Vaccination North-Western Provinces 1866-1877 - 1866-1877
Year: 1866
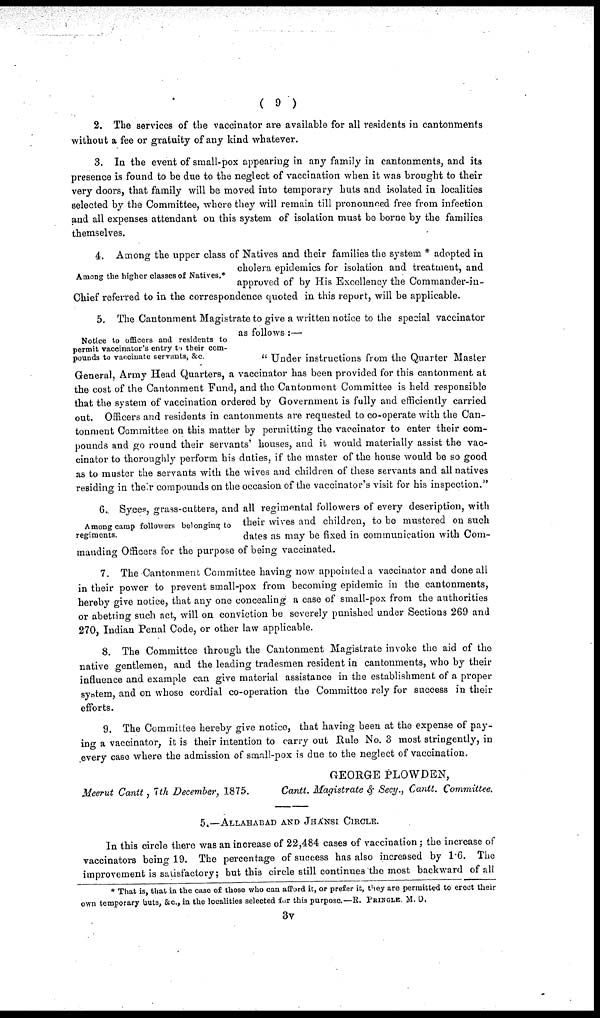
( 9 )
2. The services of the vaccinator are available for all residents in cantonments
without a fee or gratuity of any kind whatever.
3. In the event of small-pox appearing in any family in cantonments, and its
presence is found to be due to the neglect of vaccination when it was brought to their
very doors, that family will be moved into temporary huts and isolated in localities
selected by the Committee, where they will remain till pronounced free from infection
and all expenses attendant on this system of isolation must be borne by the families
themselves.
Among the higher classes of Natives.*
4. Among the upper class of Natives and their families the system * adopted in
cholera epidemics for isolation and treatment, and
approved of by His Excellency the Commander-in-
Chief referred to in the correspondence quoted in this report, will be applicable.
Notice to officers and residents to
permit vaccinator's entry to their com-
pounds to vaccinate servants, &c.
5. The Cantonment Magistrate to give a written notice to the special vaccinator
as follows :—
"Under instructions from the Quarter Master
General, Army Head Quarters, a vaccinator has been provided for this cantonment at
the cost of the Cantonment Fund, and the Cantonment Committee is held responsible
that the system of vaccination ordered by Government is fully and efficiently carried
out. Officers and residents in cantonments are requested to co-operate with the Can-
tonment Committee on this matter by permitting the vaccinator to enter their com-
pounds and go round their servants' houses, and it would materially assist the vac-
cinator to thoroughly perform his duties, if the master of the house would be so good
as to muster the servants with the wives and children of these servants and all natives
residing in their compounds on the occasion of the vaccinator's visit for his inspection."
Among camp followers belonging to
regiments.
6. Syces, grass-cutters, and all regimental followers of every description, with
their wives and children, to be mustered on such
dates as may be fixed in communication with Com-
manding Officers for the purpose of being vaccinated.
7. The Cantonment Committee having now appointed a vaccinator and done all
in their power to prevent small-pox from becoming epidemic in the cantonments,
hereby give notice, that any one concealing a case of small-pox from the authorities
or abetting such act, will on conviction be severely punished under Sections 269 and
270, Indian Penal Code, or other law applicable.
8. The Committee through the Cantonment Magistrate invoke the aid of the
native gentlemen, and the leading tradesmen resident in cantonments, who by their
influence and example can give material assistance in the establishment of a proper
system, and on whose cordial co-operation the Committee rely for success in their
efforts.
9. The Committee hereby give notice, that having been at the expense of pay-
ing a vaccinator, it is their intention to carry out Rule No. 3 most stringently, in
every case where the admission of small-pox is due to the neglect of vaccination.
Meerut Cantt, 7th December, 1875.
GEORGE PLOWDEN,
Cantt. Magistrate & Secy., Cantt. Committee.
5.— ALLAHABAD AND JHANSI CIRCLE.
In this circle there was an increase of 22,484 cases of vaccination; the increase of
vaccinators being 19. The percentage of success has also increased by 1.6. The
improvement is satisfactory; but this circle still continues the most backward of all
* That is, that in the case of those who can afford it, or prefer it, they are permitted to erect their
own temporary huts, &c., in the localities selected for this purpose.— R. PRINGLE. M. D.
3v